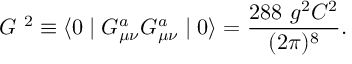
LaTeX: G \ ^ { 2 } \equiv \langle 0 \mid G _ { \mu \nu } ^ { a } G _ { \mu \nu } ^ { a } \mid 0 \rangle = \frac { 2 8 8 \ g ^ { 2 } C ^ { 2 } } { ( 2 \pi ) ^ { 8 } } .